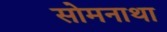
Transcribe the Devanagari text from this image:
सोमनाथा